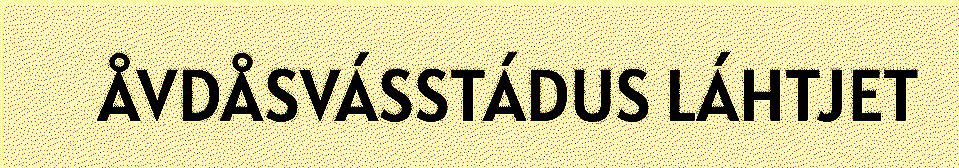
ÅVDÅSVÁSSTÁDUS LÁHTJET